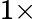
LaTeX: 1\times